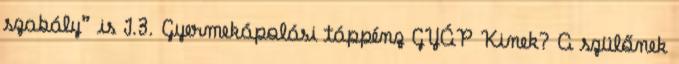
szabály” is I.3. Gyermekápolási táppénz GYÁP Kinek? A szülőnek